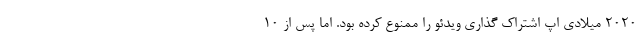
۲۰۲۰ میلادی اپ اشتراک گذاری ویدئو را ممنوع کرده بود. اما پس از ۱۰